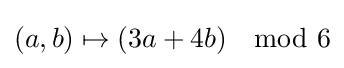
(a,b)\mapsto (3a+4b)\mod 6